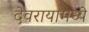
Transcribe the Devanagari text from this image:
देवरायामध्ये